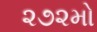
૨૭૨મો